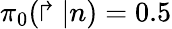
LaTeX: \pi_{0}(\Rsh|n)=0.5